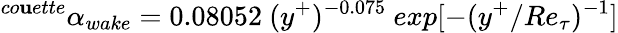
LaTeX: ^{co\mathbf{u}ette}\alpha_{wake}=0.08052~(y^{+})^{-0.075}~exp[-(y^{+}/Re_{\tau})^{-1}]